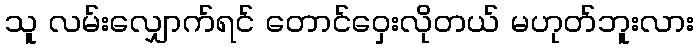
သူ လမ်းလျှောက်ရင် တောင်ဝှေးလိုတယ် မဟုတ်ဘူးလား